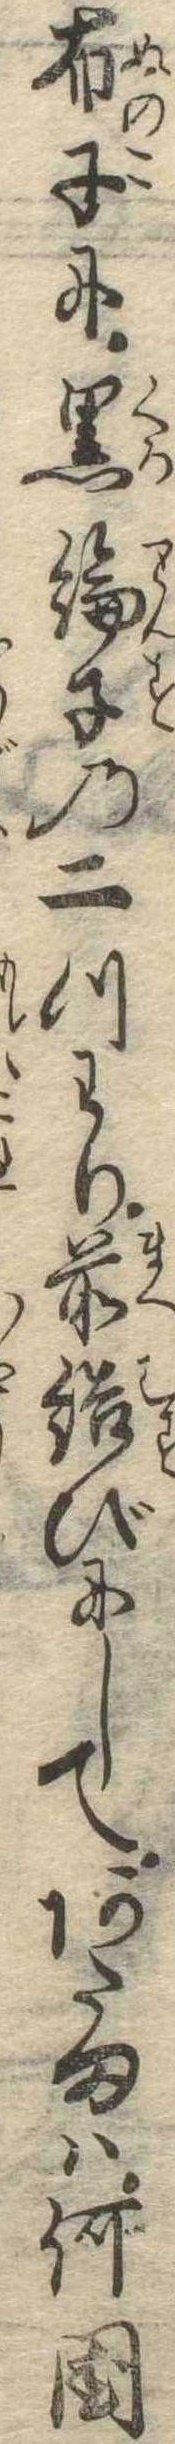
布子に黒綸子の二つわり前結びにしてあたまは何国